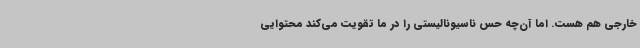
خارجی هم هست. اما آن‌چه حس ناسیونالیستی را در ما تقویت می‌کند محتوایی